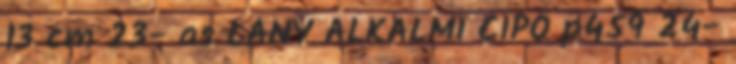
13 cm 23- as LÁNY ALKALMI CIPŐ p459 24-